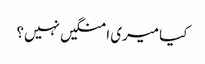
کیا میری امنگیں نہیں؟